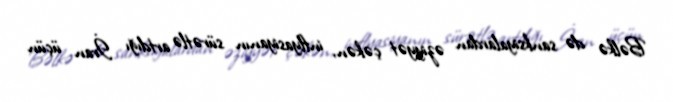
Bəlkə də sanksiyalardan əziyyət çəkən, inflyasiyanın sürətlə artdığı İran üçün